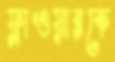
ফ্লাওয়ারকে